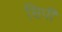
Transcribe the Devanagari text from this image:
सिर्पी